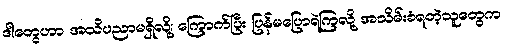
ဒါတွေဟာ အသိပညာမရှိလို့၊ ကြောက်ပြီး ပြန်မပြောရဲကြလို့ အသိမ်းခံရတဲ့သူတွေက